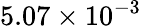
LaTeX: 5.07\times 10^{-3}